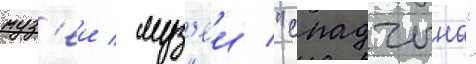
муз'еи / муз'еи "спадчына"